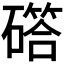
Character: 𮁇